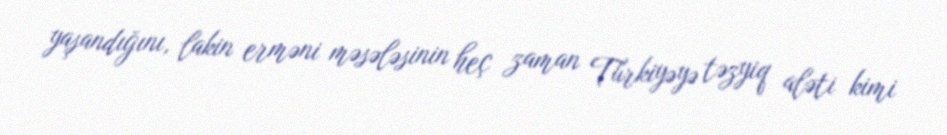
yaşandığını, lakin erməni məsələsinin heç zaman Türkiyəyə təzyiq aləti kimi